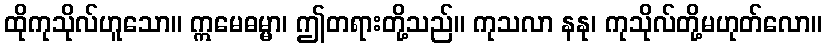
ထိုကုသိုလ်ဟူသော။ ဣမေဓမ္မာ၊ ဤတရားတို့သည်။ ကုသလာ နနု၊ ကုသိုလ်တို့မဟုတ်လော။